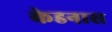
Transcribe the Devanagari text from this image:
केडनास